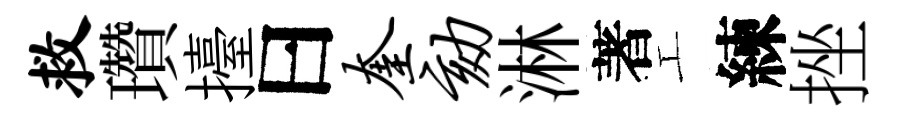
救瓚擡曰奎劾淋著工練挫